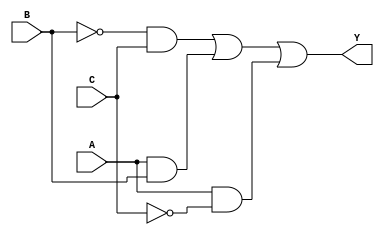
module sop_example (
    input wire A,  // Input A
    input wire B,  // Input B
    input wire C,  // Input C
    output wire Y  // Output Y
);

// Define the SOP expression based on the identified minterms
// Minterms: 1 (001), 2 (010), 5 (101), 6 (110)
// Simplified SOP expression: Y = B'C + AB + AC'

assign Y = (~B & C) | (A & B) | (A & ~C);

endmodule